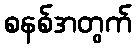
စနစ်အတွက်